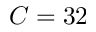
C = 3 2